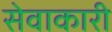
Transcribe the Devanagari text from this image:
सेवाकारी